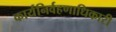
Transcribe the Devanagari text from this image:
कार्यनिर्वहणाधिकारी